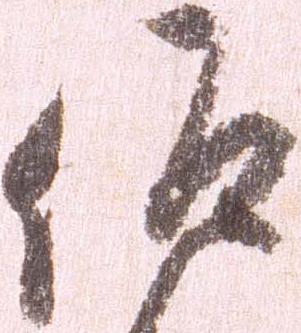
仰